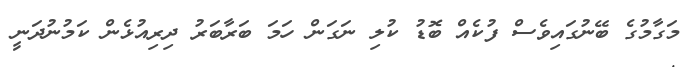
މަގާމުގެ ބޭނުުގައިވެސް ފުކެއް ބޮޑު ކުލި ނަގަން ހަމަ ބަރާބަރު ދިރިއުޅެން ކަމުނުދަނީ